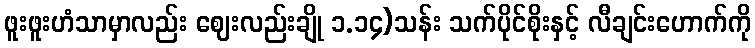
ဖူးဖူးဟံသာမှာလည်း ဈေးလည်းချို ၁.၁၄)သန်း သက်ပိုင်စိုးနှင့် လီချင်းဟောက်ကို